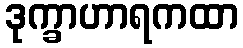
ဒုက္ခာဟာရကထာ